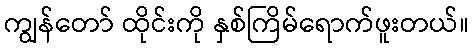
ကျွန်တော် ထိုင်းကို နှစ်ကြိမ်ရောက်ဖူးတယ်။